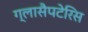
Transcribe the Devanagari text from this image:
ग्लासैपटेरिस